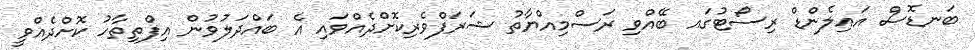
ބަނޑޮސް އައިލެންޑް ރިސޯޓުގައ ބޭއްވި ރަސްމިއްޔާތު ޝަރަފްވެރިކޮށްދެއްވައި އެ ބައްދަލުވުން އިފްތިތާހު ކޮށްދެއްވީ